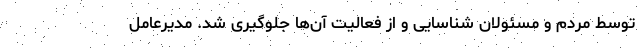
توسط مردم و مسئولان شناسایی و از فعالیت آن‌ها جلوگیری شد. مدیرعامل